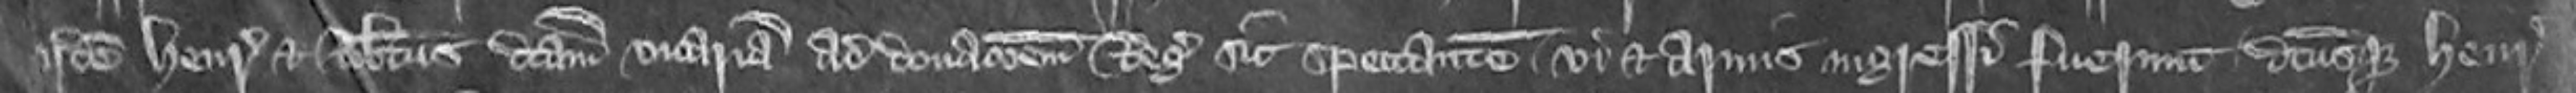
iidem Henricus et Robertus dictam vicariam ad donacionem Regis sic spectantem vi et armis ingress fuerunt dictusque Henricus